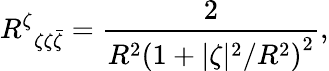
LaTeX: R^{\zeta}{}_{\zeta\zeta\bar{\zeta}}=\frac{2}{R^{2}\left(1+{|\zeta|^{2}}/{R^{2}}\right)^{2}},